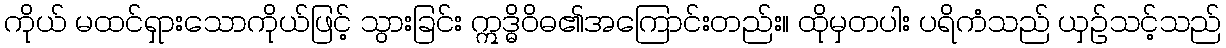
ကိုယ် မထင်ရှားသောကိုယ်ဖြင့် သွားခြင်း ဣဒ္ဓိဝိဓ၏အကြောင်းတည်း။ ထိုမှတပါး ပရိကံသည် ယှဉ်သင့်သည်